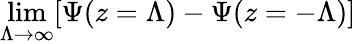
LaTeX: \operatorname*{lim}_{\Lambda\to\infty}[\Psi(z=\Lambda)-\Psi(z=-\Lambda)]